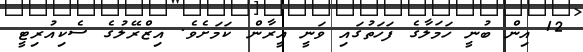
12 އިން ބުނީ ހަމަލާގެ ފަހަތުގައި ވަނީ އީރާން ކަމަށެވެ. އިޒްރޭލުގެ ސެކިއުރިޓީ